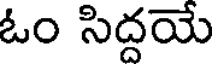
ఓం సిద్దయే